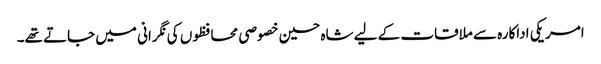
امریکی اداکارہ سے ملاقات کے لیے شاہ حسین خصوصی محافظوں کی نگرانی میں جاتے تھے۔